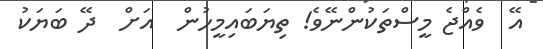
އޭ  ވެއްޖެ މީސްތަކުންނޭވެ! ތިޔަބައިމީހުން  އަށް  ދޭ ބަޔަކު